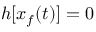
h [ x _ { f } ( t ) ] = 0